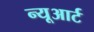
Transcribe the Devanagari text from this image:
न्यूआर्ट